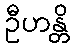
ဦဟန္တိ